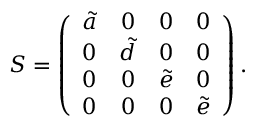
S = \left( \begin{array} { c c c c } { { \tilde { a } } } & { { 0 } } & { { 0 } } & { { 0 } } \\ { { 0 } } & { { \tilde { d } } } & { { 0 } } & { { 0 } } \\ { { 0 } } & { { 0 } } & { { \tilde { e } } } & { { 0 } } \\ { { 0 } } & { { 0 } } & { { 0 } } & { { \tilde { e } } } \end{array} \right) .